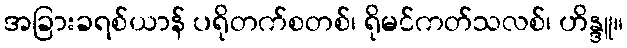
အခြားခရစ်ယာန် ပရိုတက်စတစ်၊ ရိုမင်ကတ်သလစ်၊ ဟိန္ဒူ။